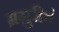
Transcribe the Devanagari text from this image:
म्रग्रुरीचं